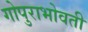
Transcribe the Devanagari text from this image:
गोपुराभोवती